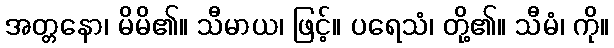
အတ္တနော၊ မိမိ၏။ သီမာယ၊ ဖြင့်။ ပရေသံ၊ တို့၏။ သီမံ၊ ကို။